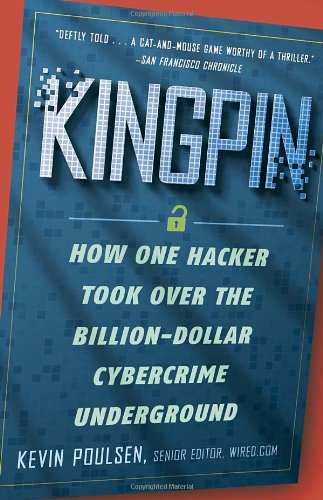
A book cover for Kingpin: How One Hacker Took Over the Billion-Dollar Cybercrime Underground; Kevin Poulsen; Biographies & Memoirs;